Source: Computer-generated
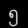
Digit: ၅ (5)